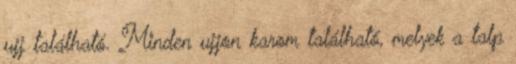
ujj található. Minden ujjon karom található, melyek a talp